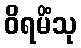
ဝိရမိံသု